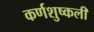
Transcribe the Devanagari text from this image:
कर्णशुष्कली